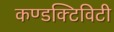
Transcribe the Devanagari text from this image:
कण्डक्टिविटी